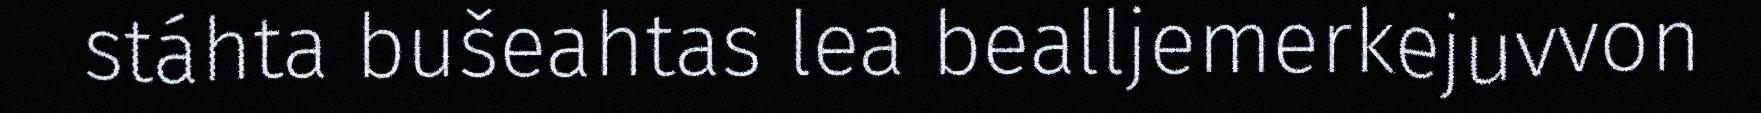
stáhta bušeahtas lea bealljemerkejuvvon